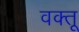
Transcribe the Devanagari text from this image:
वक्तू